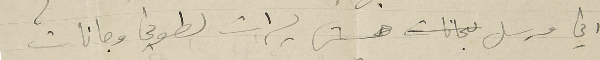
اني مرسل خمس ليرات لطوني وجانات